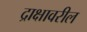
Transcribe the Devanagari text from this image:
द्राक्षावरील